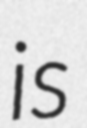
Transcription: is